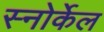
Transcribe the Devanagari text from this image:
स्नोर्केल